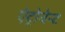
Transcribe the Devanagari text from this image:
ऐट्रोवेन्ट